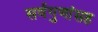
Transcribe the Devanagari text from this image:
सर्वगुणांसह